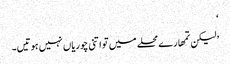
‘
’ لیکن تمھارے محلے میں تو اتنی چوریاں نہیں ہوتیں۔